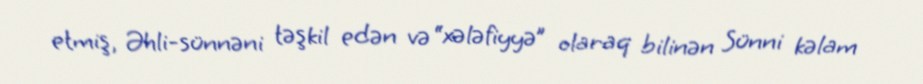
etmiş, Əhli-sünnəni təşkil edən və “xələfiyyə” olaraq bilinən Sünni kəlam